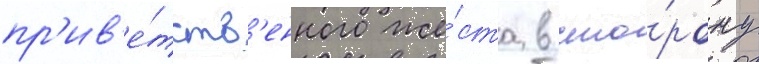
пр'ив'е́тств'енного же́ста в сто́рону